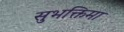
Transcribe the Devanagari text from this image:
सुभक्तिमा